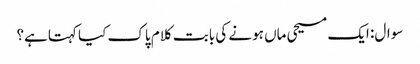
سوال: ایک مسیحی ماں ہونے کی بابت کلام پاک کیا کہتاہے؟